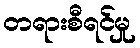
တရားစီရင်မှု